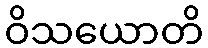
ဝိသယောတိ